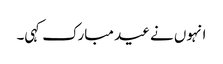
انہوں نے عید مبارک کہی۔